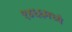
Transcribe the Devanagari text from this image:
१४६६मध्ये